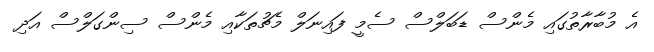
އެ މުބާރާތުގައި މެންސް ޑަބަލްސް ސެމީ ފައިނަލް މެޗުތަކާއި މެންސް ސިންގަލްސް އަދި